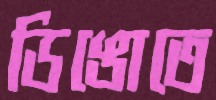
ডিঙোতে